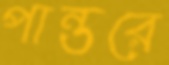
পান্তরে